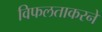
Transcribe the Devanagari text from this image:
विफलताकरने